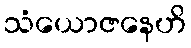
သံယောဇနေဟိ